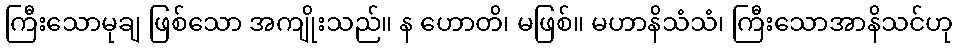
ကြီးသောမုချ ဖြစ်သော အကျိုးသည်။ န ဟောတိ၊ မဖြစ်။ မဟာနိသံသံ၊ ကြီးသောအာနိသင်ဟု